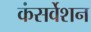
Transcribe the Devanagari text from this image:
कंसर्वेशन